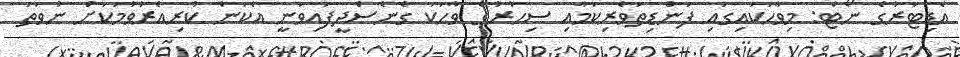
އެޑިޓަރުގެ ނޯޓް: މިވާހަކައިގައި ފަންޑިތަވެރިކަމާއި ސިހުރުގެ ވާހަކަ ގެނެސްދީފައިވަނީ އެކަން ކުރިއެރުވުމަކަށް ނުވަތަ